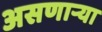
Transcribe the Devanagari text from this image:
असणार्‍या